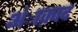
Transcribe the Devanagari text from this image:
अंाक़ाद